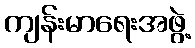
ကျန်းမာရေးအဖွဲ့